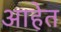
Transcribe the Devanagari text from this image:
आहेेत